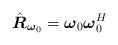
LaTeX: \begin{align*}\hat{\boldsymbol R}_{\boldsymbol\omega_0}=\boldsymbol\omega_0\boldsymbol \omega_0^H\end{align*}